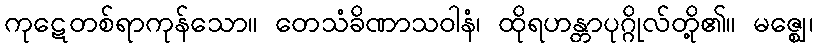
ကုဋေတစ်ရာကုန်သော။ တေသံခိဏာသဝါနံ၊ ထိုရဟန္တာပုဂ္ဂိုလ်တို့၏။ မဇ္ဈေ၊